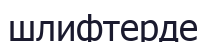
шлифтерде